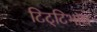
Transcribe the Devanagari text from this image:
टिट्‌टिभाद्य